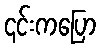
၎င်းကပြော